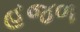
હજળ